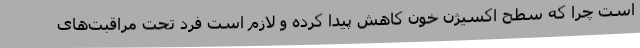
است چرا که سطح اکسیژن خون کاهش پیدا کرده و لازم است فرد تحت مراقبت‌های